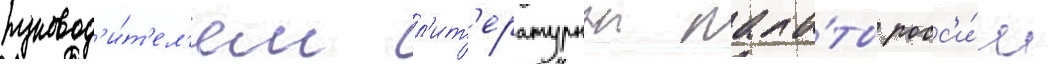
руковод'и́т'ел'ем л'ит'ературнои пала́ты росс'и́и